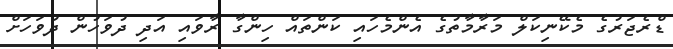
ޑްރެޖަރުގެ މެކޭނިކަލް މަރާމާތުގެ އެންމެހައި ކަންތައް ހިންގާ ރާވައި އަދި ދުވަހުން ދުވަހަށް